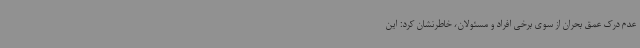
عدم درک عمق بحران از سوی برخی افراد و مسئولان، خاطرنشان کرد:‌ این